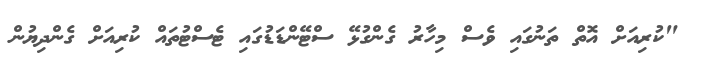
"ކުރިއަށް އޮތް ތަނުގައި ވެސް މިހާރު ގެންގުޅޭ ސްޓޭންޑަޑުގައި ޓެސްޓުތައް ކުރިއަށް ގެންދިޔުން